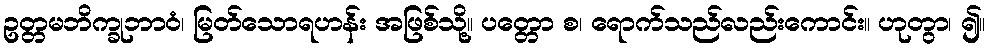
ဥတ္တမဘိက္ခုဘာဝံ၊ မြတ်သောရဟန်း အဖြစ်သို့။ ပတ္တော စ၊ ရောက်သည်လည်းကောင်း။ ဟုတွာ၊ ၍။